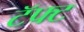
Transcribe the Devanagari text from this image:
टॅफ्ट